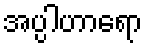
အပ္ပါဟာရော